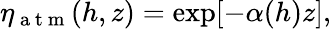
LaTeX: \eta_{\mathrm{~a~t~m~}}(h,z)=\exp[-\alpha(h)z],